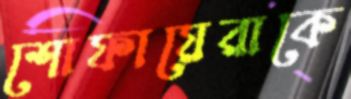
শোফায়েরাকে